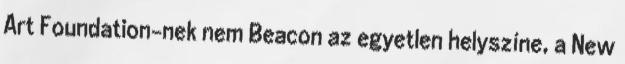
Art Foundation-nek nem Beacon az egyetlen helyszíne, a New